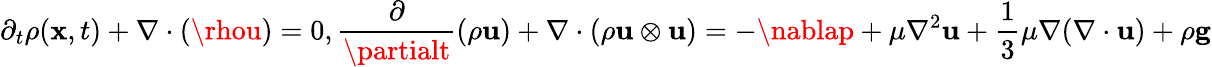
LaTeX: \partial_{t}\rho(\mathbf{x},t)+\nabla\cdot(\rhou)=0,\frac{{\partial}}{{\partialt}}(\rho\mathbf{{u}})+\nabla\cdot(\rho\mathbf{{u}}\otimes\mathbf{{u}})=-\nablap+\mu\nabla^{2}\mathbf{{u}}+\frac{{1}}{{3}}\mu\nabla(\nabla\cdot\mathbf{{u}})+\rho\mathbf{{g}}